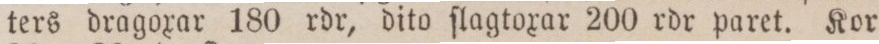
ters dragoxar 180 rdr, dito ſlagtoxar 200 rdr paret. Kor